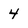
Character: 4